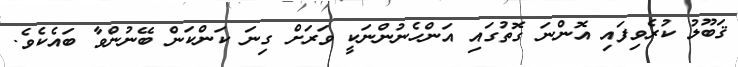
ޤަބޫލު ކުރެވިފައި އޮންނަ ގޮތުގައި އަންހެނުންނަކީ ވަރަށް ގިނަ ކަންކަން ބޭނުންވާ ބައެކެވެ.